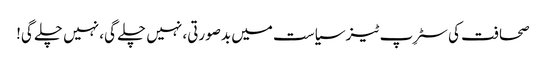
صحافت کی سٹرِپ ٹیز	سیاست میں بدصورتی، نہیں چلے گی، نہیں چلے گی!